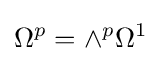
\Omega ^{p}=\wedge ^{p}\Omega ^{1}